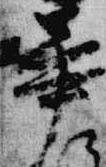
華